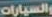
والسيارات